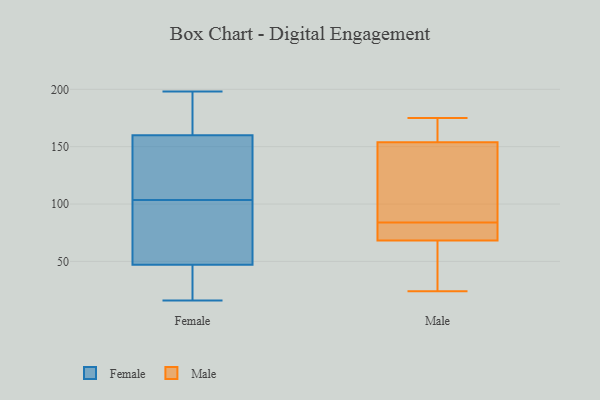
{"axis": {"x": "Demand Index", "y": "Value"}, "legend": ["Female", "Male"], "data": [{"x": "", "y": 46, "type": "Female"}, {"x": "", "y": 198, "type": "Female"}, {"x": "", "y": 29, "type": "Female"}, {"x": "", "y": 148, "type": "Female"}, {"x": "", "y": 47, "type": "Female"}, {"x": "", "y": 98, "type": "Female"}, {"x": "", "y": 162, "type": "Female"}, {"x": "", "y": 135, "type": "Female"}, {"x": "", "y": 69, "type": "Female"}, {"x": "", "y": 60, "type": "Female"}, {"x": "", "y": 169, "type": "Female"}, {"x": "", "y": 16, "type": "Female"}, {"x": "", "y": 27, "type": "Female"}, {"x": "", "y": 160, "type": "Female"}, {"x": "", "y": 109, "type": "Female"}, {"x": "", "y": 130, "type": "Female"}, {"x": "", "y": 73, "type": "Female"}, {"x": "", "y": 163, "type": "Female"}, {"x": "", "y": 66, "type": "Male"}, {"x": "", "y": 175, "type": "Male"}, {"x": "", "y": 83, "type": "Male"}, {"x": "", "y": 84, "type": "Male"}, {"x": "", "y": 75, "type": "Male"}, {"x": "", "y": 110, "type": "Male"}, {"x": "", "y": 164, "type": "Male"}, {"x": "", "y": 24, "type": "Male"}, {"x": "", "y": 56, "type": "Male"}, {"x": "", "y": 158, "type": "Male"}, {"x": "", "y": 141, "type": "Male"}]}